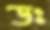
ডঃ